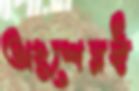
অংশেরই